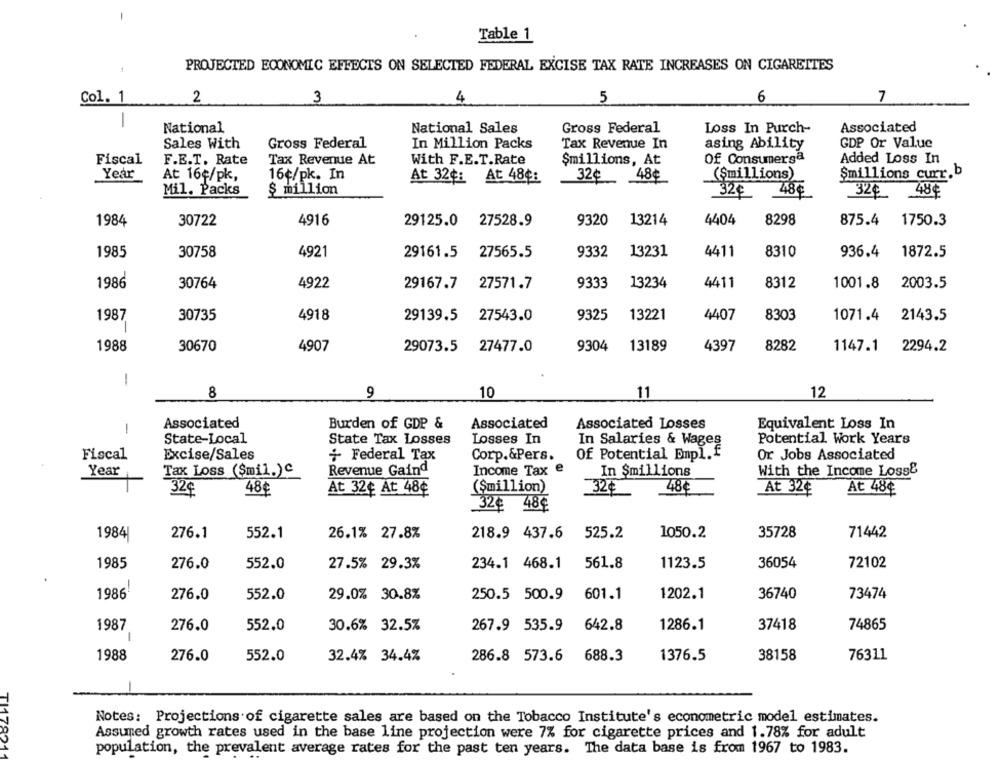
-
Table 1
1
PROJECTED ECONOMIC EFFECTS ON SELECTED FEDERAL EXCISE TAX RATE INCREASES ON CIGARETTES
Col. 1
2
3
4
5
6
7
-
National
National Sales
Gross Federal
Loss In Purch-
Associated
Sales With
Gross Federal
In Million Packs
Tax Revenue In
asing Ability
GDP Or Value
Fiscal
Tax Revenue At
Of Consumerga
Added Loss In
F.E.T. Rate
With F.E.T.Rate
$millions, At
Year
16¢/pk. In
(Smillions)
$millions curr.b
At 16¢/pk,
At 32¢: At 48¢:
32¢
48¢
Mil. Packs
$ million
32€
48€
9320
8298
875.4
1984
30722
4916
29125.0
27528.9
13214
4404
1750.3
13231
8310
1985
30758
4921
29161.5
27565.5
9332
4411
936.4
1872.5
1986
30764
4922
29167.7
27571.7
9333
13234
4411
8312
1001.8
2003.5
1987
30735
4918
29139.5
27543.0
9325
13221
4407
8303
1071.4
2143.5
-
1988
30670
4907
29073.5
27477.0
9304
13189
4397
8282
1147.1
2294.2
1
8
9
10
11
12
Associated
Burden of GDP &
Associated
Associated Losses
Equivalent Loss In
-
State-Local
State Tax Losses
Losses In
In Salaries & Wages
Potential Work Years
Fiscal
Excise/Sales
+ Federal Tax
Corp.&Pers.
Of Potential Empl.f
Or Jobs Associated
Year
Tax Loss ($mil.)c
Revenue Gaind
Income Tax
e
With the Income Loss&
In $millions
32¢
48¢
At 32¢ At 48€
($million)
32¢
48€
At 32€
At 48€
32€ 48€
35728
1984|
276.1
552.1
26.1% 27.8%
218.9 437.6
525.2
1050.2
71442
1985
276.0
552.0
27.5% 29.3%
234.1 468.1
561.8
1123.5
36054
72102
73474
1986
276.0
552.0
29.0% 30.8%
250.5 500.9
601.1
1202.1
36740
1987
276.0
552.0
30.6% 32.5%
267.9 535.9
642.8
1286.1
37418
74865
-
1988
276.0
552.0
32.4% 34.4%
286.8 573.6 688.3
1376.5
38158
76311
TI
Notes: Projections of cigarette sales are based on the Tobacco Institute's econometric model estimates.
Assured growth rates used in the base line projection were 7% for cigarette prices and 1.78% for adult
821
population, the prevalent average rates for the past ten years. The data base is from 1967 to 1983.